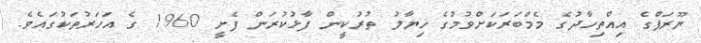
ޔޫރަޕްގެ އިއްތިހާދުގެ މެމްބަރަކަށްވުމުގެ ޚިޔާލު ތުރުކީން ފާޅުކުރަން ފެށީ 1960 ގެ އަހަރުތަކުގައެވެ.